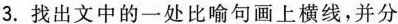
3. 找出文中的一处比喻句画上横线，并分